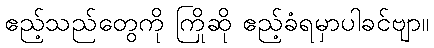
ဧည့်သည်တွေကို ကြိုဆို ဧည့်ခံရမှာပါခင်ဗျာ။